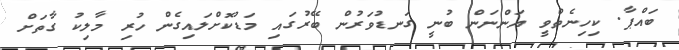
ބައްޕާ. ކިހިނެތްވީ އަންނަން ބުނީ ގަނޑުވަރުން ބޭރުގައި މަޑުކޮށްލައިގެން ހުރި މާލިކު ގާތަށް